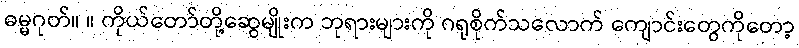
ဓမ္မဂုတ်။ ။ ကိုယ်တော်တို့ဆွေမျိုးက ဘုရားများကို ဂရုစိုက်သလောက် ကျောင်းတွေကိုတော့